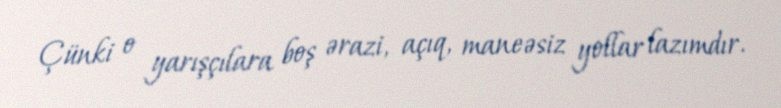
Çünki o yarışçılara boş ərazi, açıq, maneəsiz yollar lazımdır.